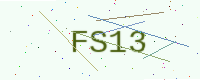
Text: FS13